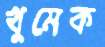
খুমেক